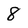
Character: 8